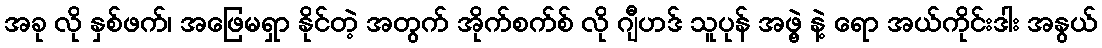
အခု လို နှစ်ဖက်၊ အဖြေမရှာ နိုင်တဲ့ အတွက် အိုက်စက်စ် လို ဂျီဟဒ် သူပုန် အဖွဲ့ နဲ့ ရော အယ်ကိုင်းဒါး အနွယ်